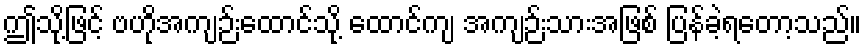
ဤသို့ဖြင့် ဗဟိုအကျဉ်းထောင်သို့ ထောင်ကျ အကျဉ်းသားအဖြစ် ပြန်ခဲ့ရတော့သည်။